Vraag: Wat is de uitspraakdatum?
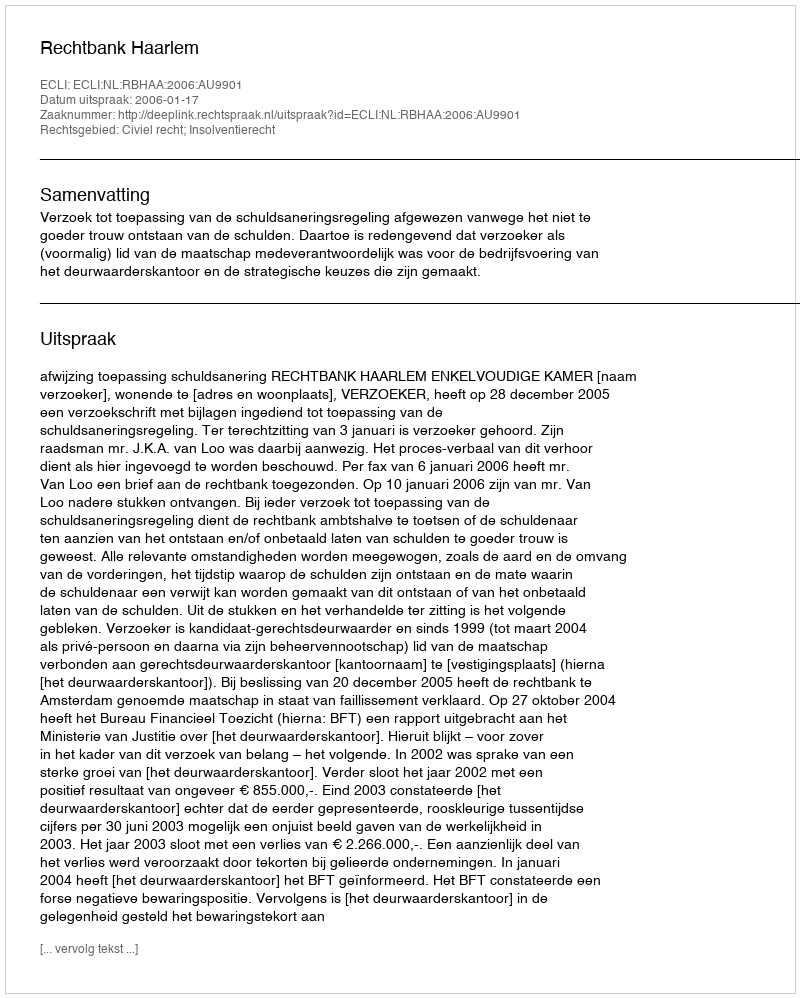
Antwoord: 2006-01-17